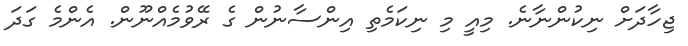
ޖިހާދަށް ނިކުންނާނެ. މިއީ މި ނިކަމެތި އިންސާނުން ގެ ރޭވުމެއްނޫން. އެންމެ ގަދަ